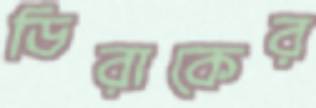
ডিরাকের